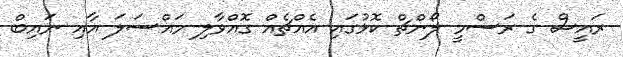
ރައީސް ގެ ރަސްމީ ލޯންޗް ކޮޅުގައި އެއްޗެއް ގޮއްވާލި މައްސަލަ އާއި ނައިބް